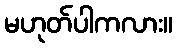
မဟုတ်ပါကလား။